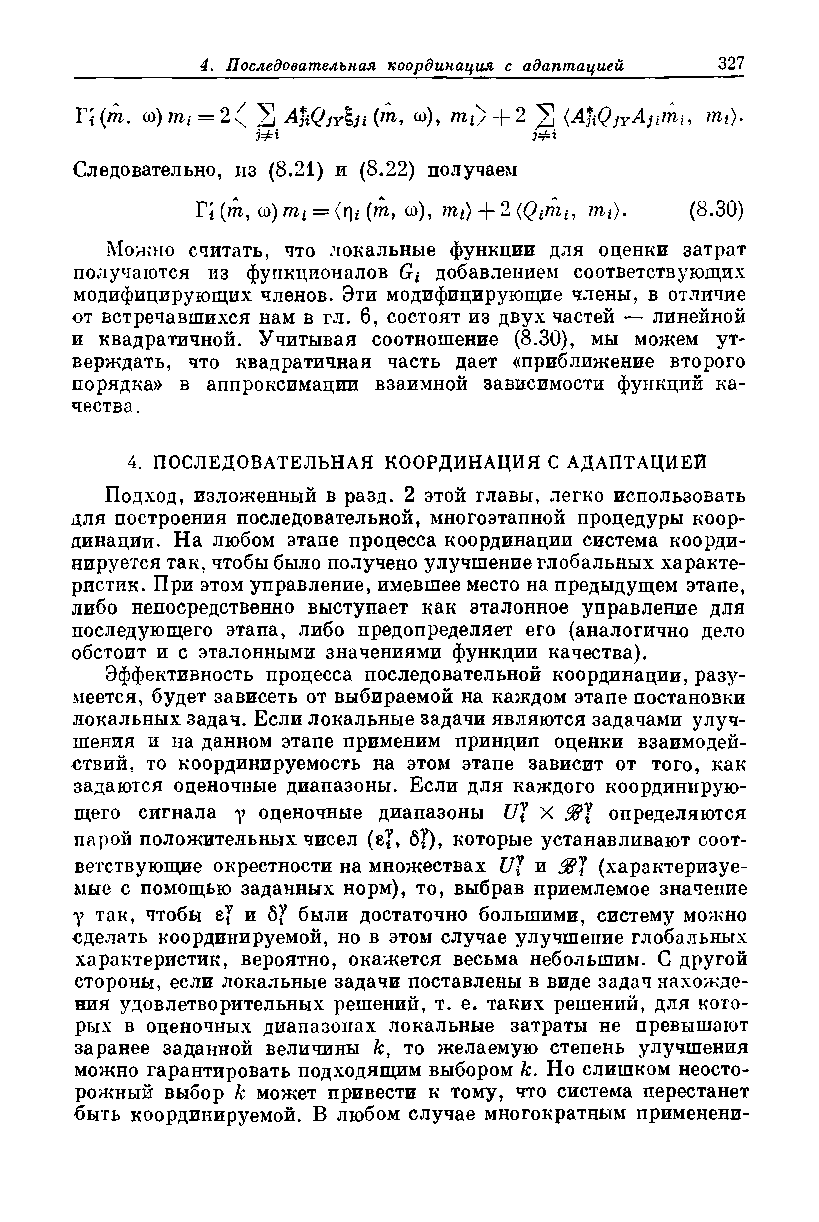
г; (т. ш) т,- = 2 ( >] (т, о>), т г> + 2 2 <4&<?;У4ят;, т г>.
 j=£i              Зфг
 Следовательно, из (8.21) и (8.22) получаем
 г; (т, О)) nii — (r)i {т, о>), 1щ) + 2 (Qiikt, пц). (8.30)
 Можно считать, что локальные функции для оценки затрат
 получаются из функционалов G* добавлением соответствующих
 модифицирующих членов. Эти модифицирующие члены, в отличие
 от встречавшихся нам в гл. 6, состоят из двух частей — линейной
 и квадратичной. Учитывая соотношение (8.30), мы можем ут­
 верждать, что квадратичная часть дает «приближение второго
 порядка» в аппроксимации взаимной зависимости функций ка­
 чества.
 4. ПОСЛЕДОВАТЕЛЬНАЯ КООРДИНАЦИЯ С АДАПТАЦИЕЙ
 Подход, изложенный в разд. 2 этой главы, легко использовать
 для построения последовательной, многоэтапной процедуры коор­
 динации. На любом этапе процесса координации система коорди­
 нируется так, чтобы было получено улучшение глобальных характе­
 ристик. При этом управление, имевшее место на предыдущем этапе,
 либо непосредственно выступает как эталонное управление для
 последующего этапа, либо предопределяет его (аналогично дело
 обстоит и с эталонными значениями функции качества).
 Эффективность процесса последовательной координации, разу­
 меется, будет зависеть от выбираемой на каждом этапе постановки
 локальных задач. Если локальные задачи являются задачами улуч­
 шения и на данном этапе применим принцип оценки взаимодей­
 ствий. то координируемость на этом этапе зависит от того, как
 задаются оценочные диапазоны. Если для каждого координирую­
 щего сигнала у оценочные диапазоны Щ X определяются
 парой положительных чисел (е?, 6*), которые устанавливают соот­
 ветствующие окрестности на множествах Щ и 38J (характеризуе­
 мые с помощью заданных норм), то, выбрав приемлемое значение
 у так, чтобы ej и бJ были достаточно большими, систему можно
 сделать координируемой, но в этом случае улучшение глобальных
 характеристик, вероятно, окажется весьма небольшим. С другой
 стороны, если локальные задачи поставлены в виде задач нахожде­
 ния удовлетворительных решений, т. е. таких решений, для кото­
 рых в оценочных диапазонах локальные затраты не превышают
 заранее заданной величины fc, то желаемую степень улучшения
 можно гарантировать подходящим выбором к. Но слишком неосто­
 рожный выбор к может привести к тому, что система перестанет
 быть координируемой. В любом случае многократным применени­